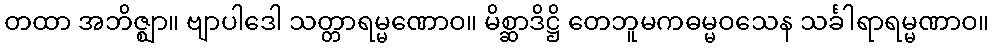
တထာ အဘိဇ္ဈာ။ ဗျာပါဒေါ သတ္တာရမ္မဏောဝ။ မိစ္ဆာဒိဋ္ဌိ တေဘူမကဓမ္မဝသေန သင်္ခါရာရမ္မဏာဝ။